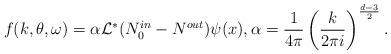
LaTeX: \begin{align*}f(k,\theta,\omega) =\alpha\mathcal L^* ( N^{in}_0-N^{out})\psi_{}(x), \alpha=\frac{1}{4\pi}\left (\frac{k}{2\pi i}\right )^{\frac{d-3}{2}}.\end{align*}